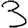
Digit: 3